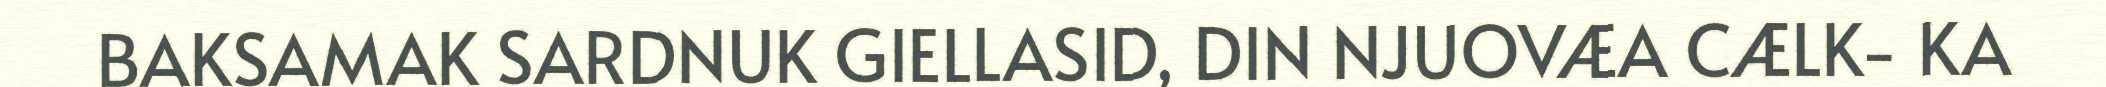
BAKSAMAK SARDNUK GIELLASID, DIN NJUOVÆA CÆLK- KA